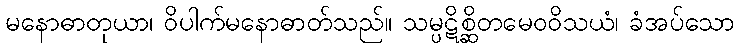
မနောဓာတုယာ၊ ဝိပါက်မနောဓာတ်သည်။ သမ္ပဋိစ္ဆိတမေဝဝိသယံ၊ ခံအပ်သော